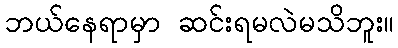
ဘယ်နေရာမှာ ဆင်းရမလဲမသိဘူး။